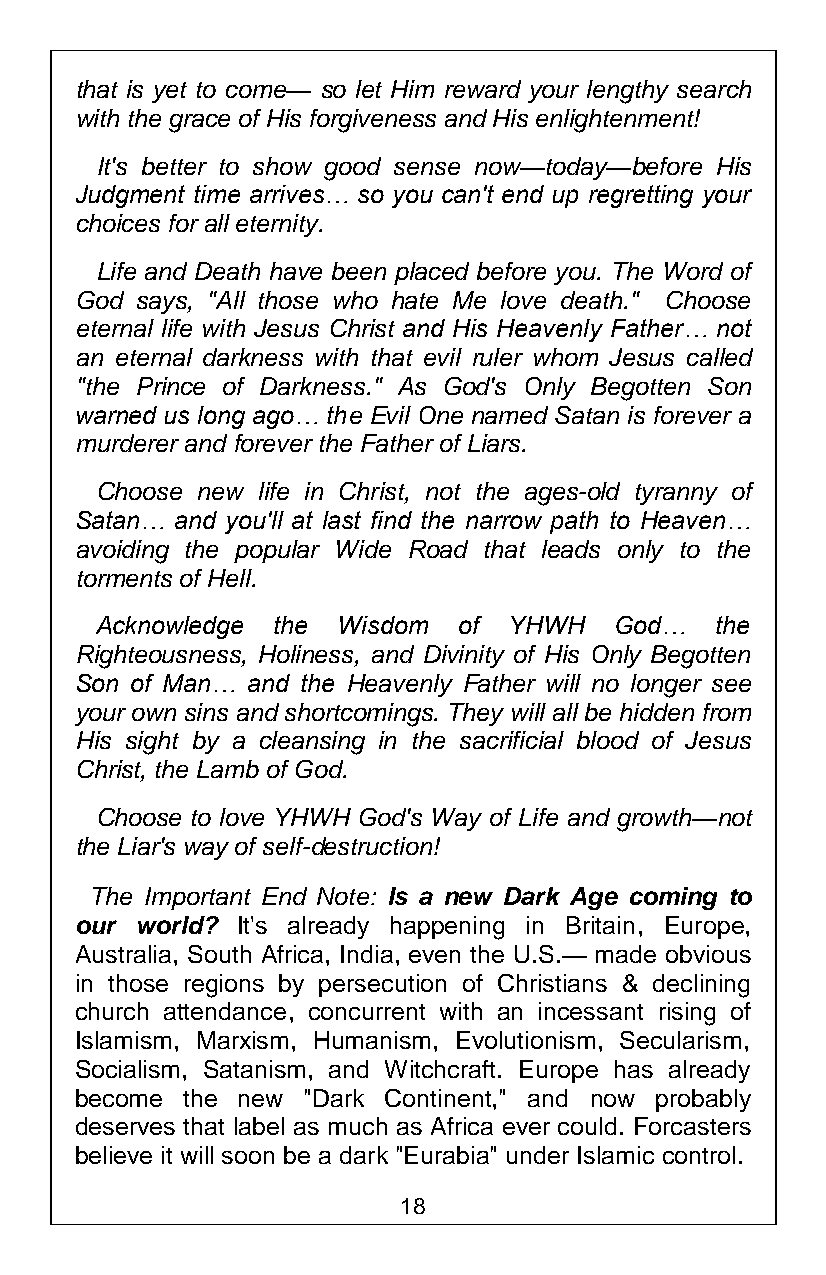
that is yet to come— so let Him reward your lengthy search
 with the grace of His forgiveness and His enlightenment!
 It's better to show good sense now—today—before His
 Judgment time arrives… so you can't end up regretting your
 choices for all eternity.
 Life and Death have been placed before you. The Word of
 God says, "All those who hate Me love death." Choose
 eternal life with Jesus Christ and His Heavenly Father… not
 an eternal darkness with that evil ruler whom Jesus called
 "the Prince of Darkness." As God's Only Begotten Son
 warned us long ago… the Evil One named Satan is forever a
 murderer and forever the Father of Liars.
 Choose new life in Christ, not the ages-old tyranny of
 Satan… and you'll at last find the narrow path to Heaven…
 avoiding the popular Wide Road that leads only to the
 torments of Hell.
 Acknowledge the Wisdom  of  YHWH   God…  the
 Righteousness, Holiness, and Divinity of His Only Begotten
 Son of Man… and the Heavenly Father will no longer see
 your own sins and shortcomings. They will all be hidden from
 His sight by a cleansing in the sacrificial blood of Jesus
 Christ, the Lamb of God.
 Choose to love YHWH God's Way of Life and growth—not
 the Liar's way of self-destruction!
 The Important End Note: Is a new Dark Age coming to
 our world? It's already happening in Britain, Europe,
 Australia, South Africa, India, even the U.S.— made obvious
 in those regions by persecution of Christians & declining
 church attendance, concurrent with an incessant rising of
 Islamism, Marxism, Humanism, Evolutionism, Secularism,
 Socialism, Satanism, and Witchcraft. Europe has already
 become the new "Dark Continent," and now probably
 deserves that label as much as Africa ever could. Forcasters
 believe it will soon be a dark "Eurabia" under Islamic control.
 18